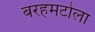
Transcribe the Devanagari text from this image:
बरहमटोला